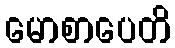
မောစာပေတိ